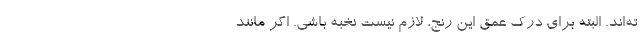
ته‌اند. البته برای درک عمق این رنج، لازم نیست نخبه باشی. اگر مانند